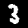
Digit: 3